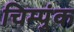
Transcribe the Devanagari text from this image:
चिम्पुंक